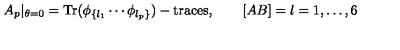
A _ { p } | _ { \theta = 0 } = { \mathrm { T r } } ( \phi _ { \{ l _ { 1 } } \cdots \phi _ { l _ { p } \} } ) - { \mathrm { t r a c e s } } , \qquad [ A B ] = l = 1 , \dots , 6